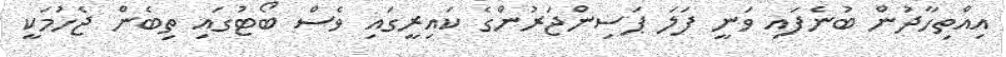
އިއްތިހާދުން ބުނެފައި ވަނީ ފަލަ ޕަސިންޖަރުންގެ ކައިރީގައި ވެސް ބޯޓުގައި ތިބެން ޖެހުމަކީ